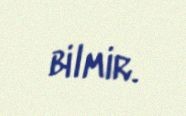
bilmir.